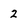
Character: 2